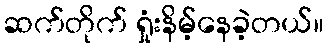
ဆက်တိုက် ရှုံးနိမ့်နေခဲ့တယ်။